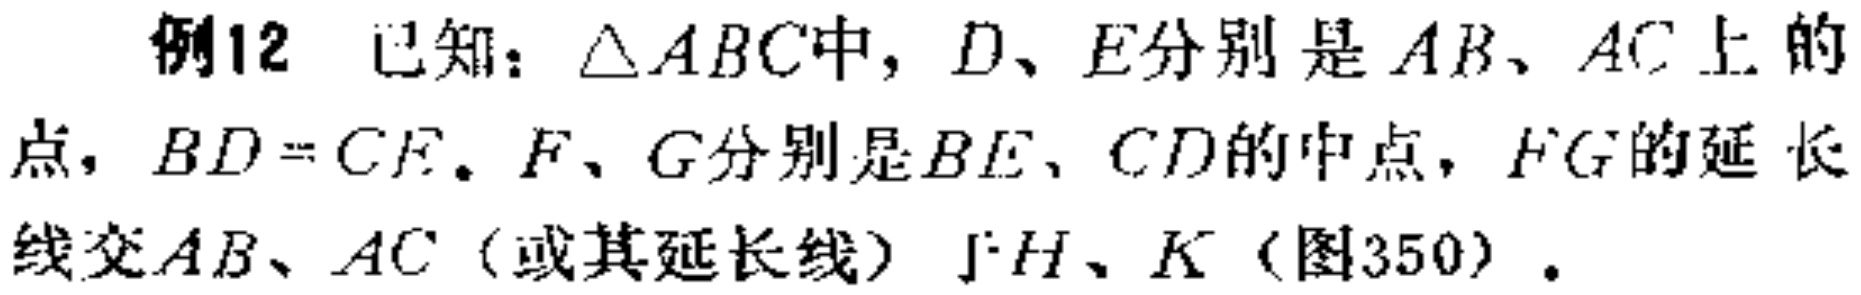
例12 已知：\(\triangle ABC\)中，\(D、E\)分别是\(AB、AC\)上的点，\(BD = CE\)。\(F、G\)分别是\(BE、CD\)的中点，\(FG\)的延长线交\(AB、AC\)（或其延长线）于\(H、K\)（图350）。